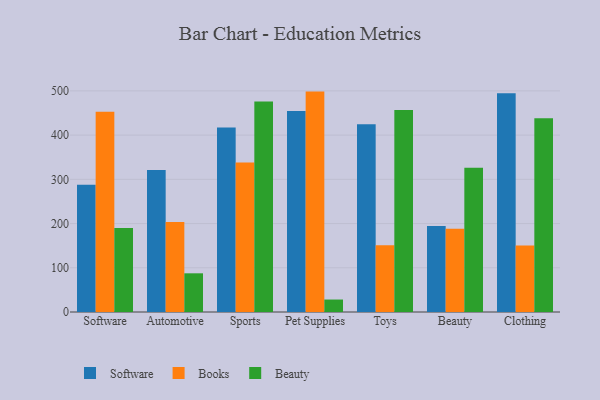
{"axis": {"x": "Category", "y": "Page Views"}, "legend": ["Beauty", "Books", "Software"], "data": [{"x": "Software", "y": 287.8, "type": "Software"}, {"x": "Software", "y": 452.8, "type": "Books"}, {"x": "Software", "y": 189.7, "type": "Beauty"}, {"x": "Automotive", "y": 321.1, "type": "Software"}, {"x": "Automotive", "y": 203.7, "type": "Books"}, {"x": "Automotive", "y": 87.5, "type": "Beauty"}, {"x": "Sports", "y": 417.4, "type": "Software"}, {"x": "Sports", "y": 337.9, "type": "Books"}, {"x": "Sports", "y": 476.2, "type": "Beauty"}, {"x": "Pet Supplies", "y": 454.7, "type": "Software"}, {"x": "Pet Supplies", "y": 498.4, "type": "Books"}, {"x": "Pet Supplies", "y": 28.2, "type": "Beauty"}, {"x": "Toys", "y": 424.7, "type": "Software"}, {"x": "Toys", "y": 151.1, "type": "Books"}, {"x": "Toys", "y": 457.0, "type": "Beauty"}, {"x": "Beauty", "y": 194.4, "type": "Software"}, {"x": "Beauty", "y": 188.0, "type": "Books"}, {"x": "Beauty", "y": 326.1, "type": "Beauty"}, {"x": "Clothing", "y": 494.4, "type": "Software"}, {"x": "Clothing", "y": 150.6, "type": "Books"}, {"x": "Clothing", "y": 438.1, "type": "Beauty"}]}